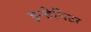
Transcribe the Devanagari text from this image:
इन्हेबिटर